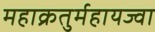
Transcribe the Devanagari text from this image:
महाक्रतुर्महायज्वा